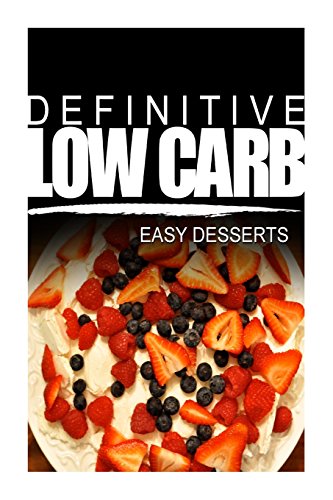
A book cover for Definitive Low Carb - Easy Desserts: Ultimate low carb cookbook for a low carb diet and low carb lifestyle. Sugar free, wheat-free and natural; Definitive Low Carb; Cookbooks, Food & Wine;